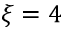
\xi = 4